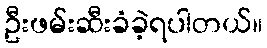
ဦးဖမ်းဆီးခံခဲ့ရပါတယ်။